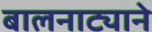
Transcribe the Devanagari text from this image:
बालनाट्याने